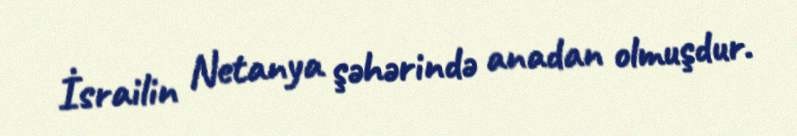
İsrailin Netanya şəhərində anadan olmuşdur.